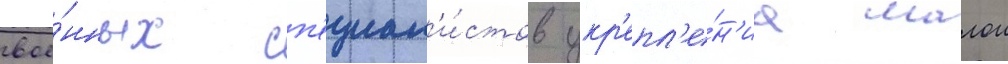
вое́нных сп'ециал'и́стов укр'епл'е́н'иа малои